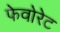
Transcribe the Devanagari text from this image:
फेवोरेट